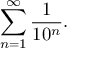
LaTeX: \sum _ { n = 1 } ^ { \infty } { \frac { 1 } { 1 0 ^ { n } } } .